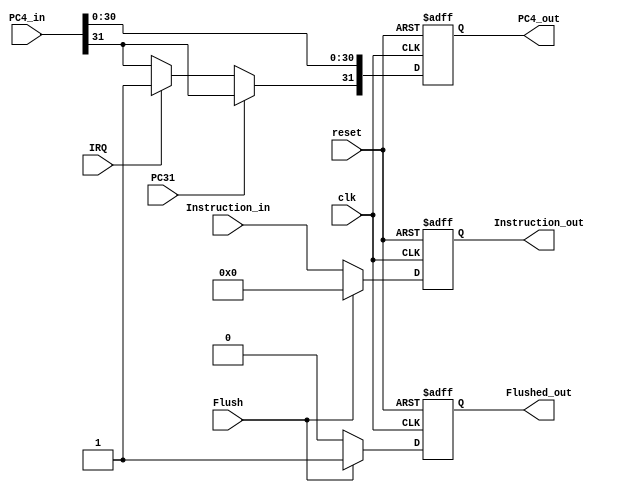
module IF_ID_Register(clk, Flush, Instruction_in, PC4_in, Instruction_out, PC4_out,reset, IRQ, PC31, Flushed_out);
input [31:0] Instruction_in, PC4_in;
input Flush, clk;
input reset;
input IRQ, PC31;
output Flushed_out;
output [31:0] Instruction_out, PC4_out;
reg [31:0] Instruction_reg, PC4_reg;
reg Flushed_reg;
always @(posedge clk or negedge reset) begin
	if (~reset) begin
		Instruction_reg = 0;
		PC4_reg = 32'h80000004;
		Flushed_reg = 0;
	end
	else begin 
	PC4_reg[30:0] = PC4_in[30:0];
	PC4_reg[31] = PC31?PC4_in[31]:IRQ?1:PC4_in[31];
		if(Flush) begin
		Instruction_reg = 0;
		Flushed_reg = 1;
		end
		else begin
		Instruction_reg = Instruction_in;
		Flushed_reg = 0;
		end
	end
end
assign Instruction_out = Instruction_reg;
assign PC4_out = PC4_reg;
assign Flushed_out = Flushed_reg;
endmodule